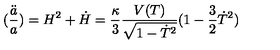
( \frac { \ddot { a } } { a } ) = H ^ { 2 } + \dot { H } = \frac { \kappa } { 3 } \frac { V ( T ) } { \sqrt { 1 - \dot { T } ^ { 2 } } } ( 1 - \frac { 3 } { 2 } \dot { T } ^ { 2 } )